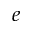
e